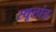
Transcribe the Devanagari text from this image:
स्‍थूलांत्र